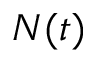
N ( t )